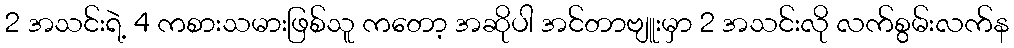
2 အသင်းရဲ့ 4 ကစားသမားဖြစ်သူ ကတော့ အဆိုပါ အင်တာဗျူးမှာ 2 အသင်းလို လက်စွမ်းလက်န